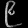
Digit: ၉